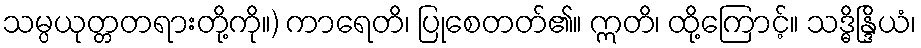
သမ္ပယုတ္တတရားတို့ကို။) ကာရေတိ၊ ပြုစေတတ်၏။ ဣတိ၊ ထို့ကြောင့်။ သဒ္ဓိန္ဒြိယံ၊